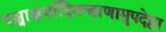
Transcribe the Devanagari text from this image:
पञ्चाक्षर्यादिमन्त्राणामुपदेष्टा